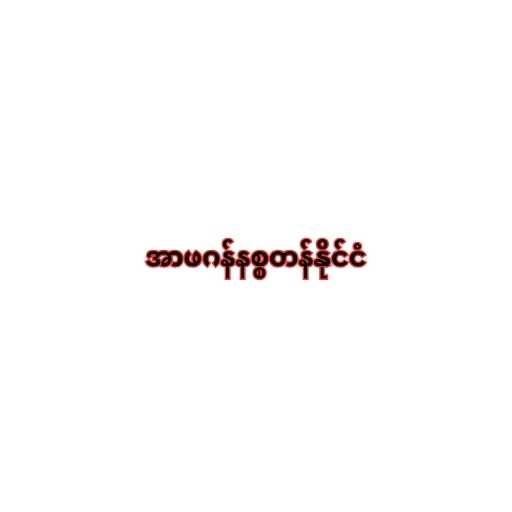
အာဖဂန်နစ္စတန်နိုင်ငံ